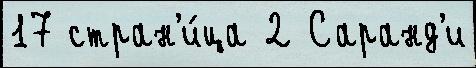
17 стран'и́ца 2 Саранд'и